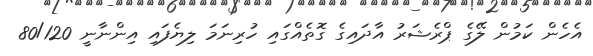
އެހެން ކަމުން ލޭގެ ޕްރެޝަރު އާދައިގެ ގޮތެއްގައި ހުރިނަމަ ލިޔެފައި އިންނާނީ 80/120